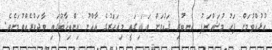
އުޅުއްވުމަށް ފަހު މުޝައްރަފު އެނބުރި ޤައުމަށް ވަޑައިގަތީ މިއަހަރުގެ އާއްމު އިންތިޚާބުގައި ވާދަކުރެއްވުމަށެވެ.